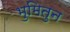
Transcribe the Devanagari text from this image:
भुमितुन